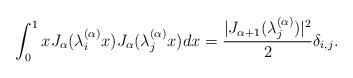
LaTeX: \begin{align*}\int_0^1xJ_{\alpha}(\lambda_i^{(\alpha)}x)J_{\alpha}(\lambda_j^{(\alpha)}x)dx=\frac{|J_{\alpha+1}(\lambda_j^{(\alpha)})|^2}{2}\delta_{i,j}.\end{align*}